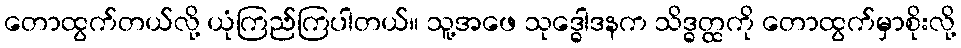
တောထွက်တယ်လို့ ယုံကြည်ကြပါတယ်။ သူ့အဖေ သုဒ္ဓေါဒနက သိဒ္ဓတ္ထကို တောထွက်မှာစိုးလို့